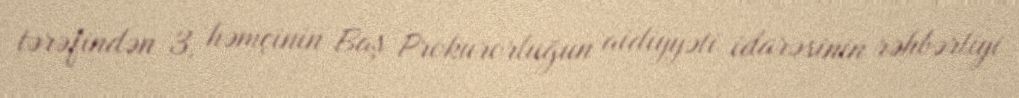
tərəfindən 3, həmçinin Baş Prokurorluğun aidiyyəti idarəsinin rəhbərliyi